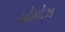
મોમોઝ